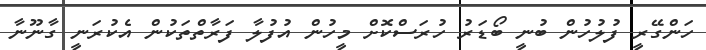
ހަންގޭރީ ފުލުހުން ބުނީ ބޯޑަރު ހުރަސްކޮށް މީހުން އުފުލާ ފަރާތްތަކުން އެކުރަނީ ގާނޫނާ